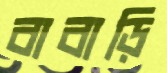
বাবাড়ি